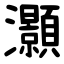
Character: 灝